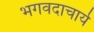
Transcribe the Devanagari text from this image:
भगवदाचार्य